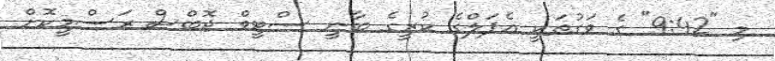
މި "9:42" ގެ ވަގުތަކީ އެޕަލްގެ ކުރީގެ ބާނީ ސްޓީވް ޖޮބްސް ރަސްމީކޮށް